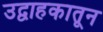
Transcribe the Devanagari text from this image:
उद्वाहकातून